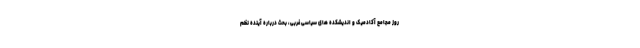
روز مجامع آکادمیک و اندیشکده های سیاسی غربی، بحث درباره آینده نظم